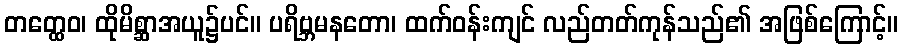
တတ္ထေဝ၊ ထိုမိစ္ဆာအယူ၌ပင်။ ပရိဗ္ဘမနတော၊ ထက်ဝန်းကျင် လည်တတ်ကုန်သည်၏ အဖြစ်ကြောင့်။